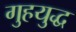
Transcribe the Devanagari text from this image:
गुहयुद्ध